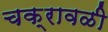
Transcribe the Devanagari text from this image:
चक्रावळी